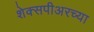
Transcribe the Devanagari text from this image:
शेक्सपीअरच्या